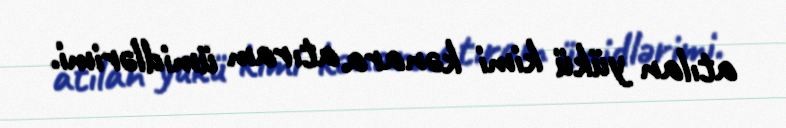
atılan yükü kimi kənara atıram ümidlərimi.